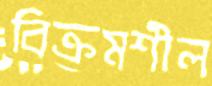
বিক্রমশীল